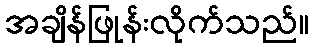
အချိန်ဖြုန်းလိုက်သည်။